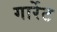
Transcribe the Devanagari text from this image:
गार्रेट